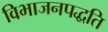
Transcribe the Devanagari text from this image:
विभाजनपद्धति